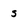
Character: s